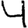
Digit: 4